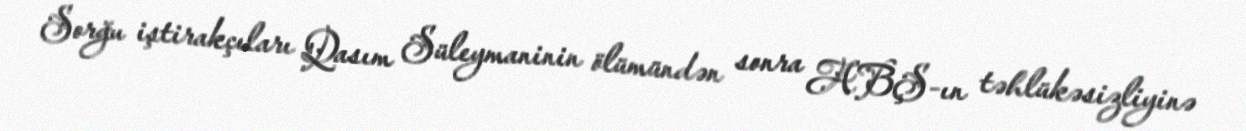
Sorğu iştirakçıları Qasım Süleymaninin ölümündən sonra ABŞ-ın təhlükəsizliyinə